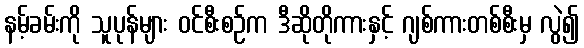
နမ့်ခမ်းကို သူပုန်များ ဝင်စီးစဉ်က ဒီဆိုတိုကားနှင့် ဂျစ်ကားတစ်စီးမှ လွဲ၍